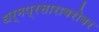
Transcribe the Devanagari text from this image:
धर्मप्रसाराबरोबर